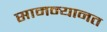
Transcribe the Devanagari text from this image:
सामन्यानत